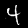
Label: 4